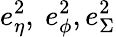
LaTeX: e_{\eta}^{2},\ e_{\phi}^{2},e_{\Sigma}^{2}